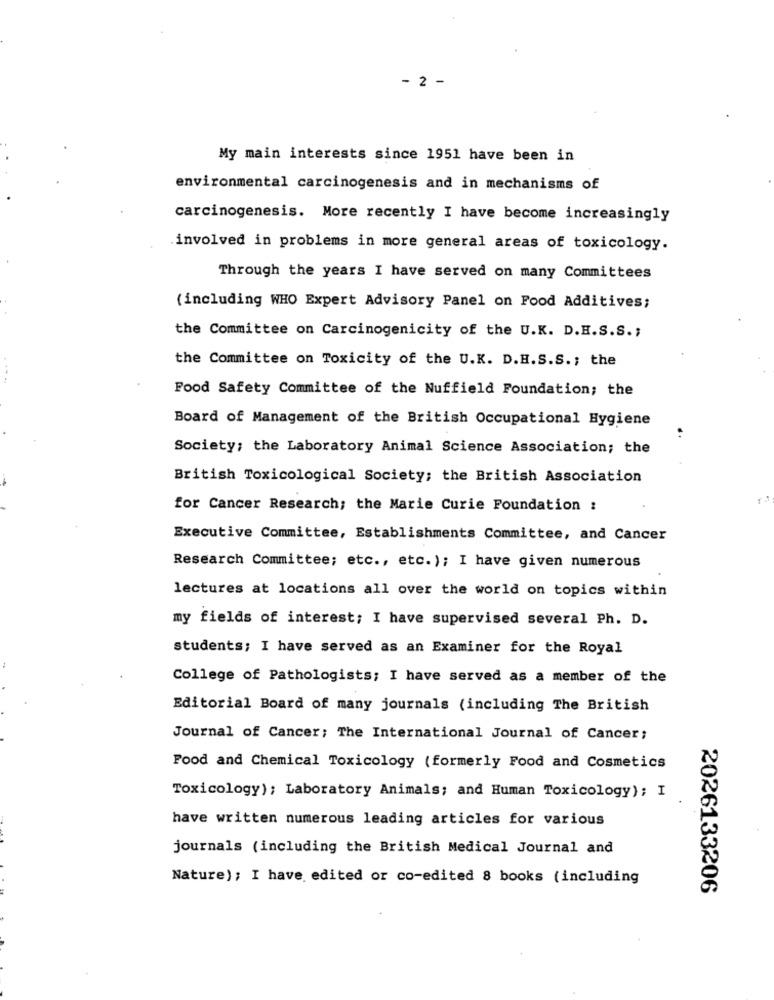
- 2 -
My main interests since 1951 have been in
environmental carcinogenesis and in mechanisms of
carcinogenesis. More recently I have become increasingly
involved in problems in more general areas of toxicology.
Through the years I have served on many Committees
(including WHO Expert Advisory Panel on Food Additives;
the Committee on Carcinogenicity of the U.K. D.H.S.S .;
the Committee on Toxicity of the U.K. D.H.S.S .; the
Food Safety Committee of the Nuffield Foundation; the
Board of Management of the British Occupational Hygiene
Society; the Laboratory Animal Science Association; the
British Toxicological Society; the British Association
for Cancer Research; the Marie Curie Foundation :
Executive Committee, Establishments Committee, and Cancer
Research Committee; etc ., etc.); I have given numerous
lectures at locations all over the world on topics within
my fields of interest; I have supervised several Ph. D.
students; I have served as an Examiner for the Royal
College of Pathologists; I have served as a member of the
Editorial Board of many journals (including The British
Journal of Cancer; The International Journal of Cancer;
Food and Chemical Toxicology (formerly Food and Cosmetics
Toxicology); Laboratory Animals; and Human Toxicology); I
have written numerous leading articles for various
journals (including the British Medical Journal and
Nature); I have edited or co-edited 8 books (including
2026133206